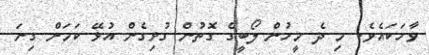
ވާހަކައެވެ. މި ދެ މީހުން ލޯބީގެ ގޮތުން ގުޅިގެން އުޅޭ ކަމަށް ގިނަ